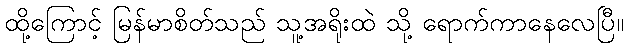
ထို့ကြောင့် မြန်မာစိတ်သည် သူ့အရိုးထဲ သို့ ရောက်ကာနေလေပြီ။